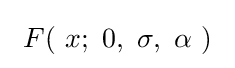
\ F(\ x;\ 0,\ \sigma ,\ \alpha \ )\